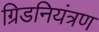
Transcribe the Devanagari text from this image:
ग्रिडनियंत्रण